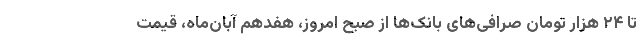
تا ۲۴ هزار تومان صرافی‌های بانک‌ها از صبح امروز، هفدهم آبان‌ماه، قیمت